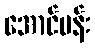
အောင်ပန်း